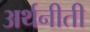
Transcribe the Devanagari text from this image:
अर्थनीती